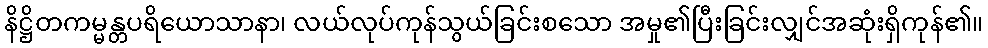
နိဋ္ဌိတကမ္မန္တပရိယောသာနာ၊ လယ်လုပ်ကုန်သွယ်ခြင်းစသော အမှု၏ပြီးခြင်းလျှင်အဆုံးရှိကုန်၏။